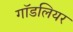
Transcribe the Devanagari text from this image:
गॉडलियर